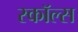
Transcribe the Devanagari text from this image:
स्कॉल्स